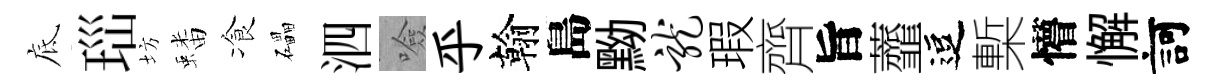
底𤤼坊蟠飡礧泗噞乎翰島黝龙瑕齊旨虀逗槧懵懈訶